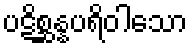
ပဋိစ္ဆန္နပရိဝါသော